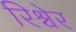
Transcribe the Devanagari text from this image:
रिश्चेर